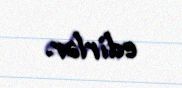
edirlər.